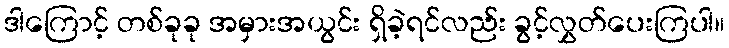
ဒါကြောင့် တစ်ခုခု အမှားအယွင်း ရှိခဲ့ရင်လည်း ခွင့်လွှတ်ပေးကြပါ။